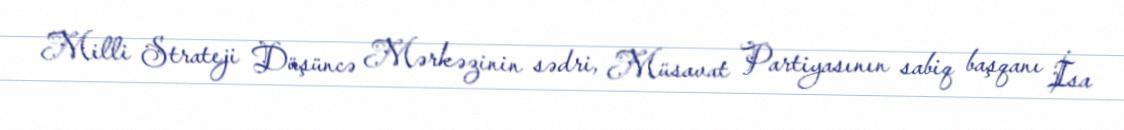
Milli Strateji Düşüncə Mərkəzinin sədri, Müsavat Partiyasının sabiq başqanı İsa